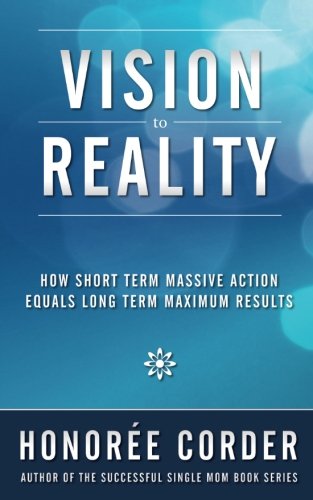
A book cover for Vision to Reality: How Short Term Massive Action Equals Long Term Maximum Results; Honoree Corder; Business & Money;